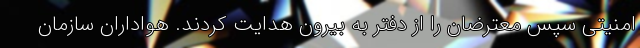
امنیتی سپس معترضان را از دفتر به بیرون هدایت کردند. هواداران سازمان